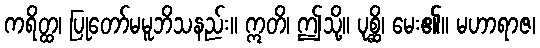
ကရိတ္ထ၊ ပြုတော်မမူဘိသနည်း။ ဣတိ၊ ဤသို့။ ပုစ္ဆိ၊ မေး၏။ မဟာရာဇ၊